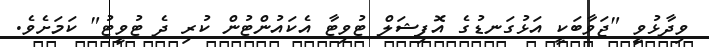
ވިދާޅުވީ "ޖަވާބަކީ އަޅުގަނޑުގެ އޮފިޝަލް ޓުވިޓާ އެކައުންޓުން ކުރި ދެ ޓުވީޓު" ކަމަށެވެ.